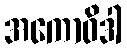
အကောဝိဒါ